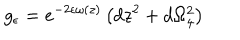
g _ { \epsilon } = e ^ { - 2 \epsilon \omega ( z ) } \left( d z ^ { 2 } + d \Omega _ { 4 } ^ { 2 } \right)